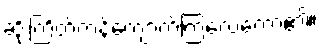
ဆိုးကြိတ်ကန်ကျောက်ကြလေတော့၏။